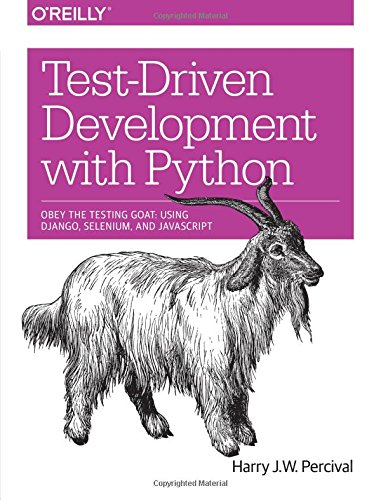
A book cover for Test-Driven Development with Python; Harry J. W. Percival; Computers & Technology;